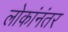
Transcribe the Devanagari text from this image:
लोकांनंतर